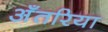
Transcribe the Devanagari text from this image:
अँतरिया